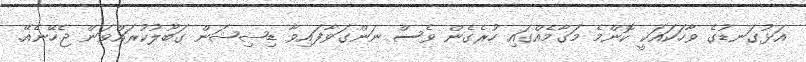
އަޅުގަނޑުގެ ވާހަކައަކީ ކޮންމެ މަގާމެއްގައި ހުރެގެން ވެސް ނަންގަވާފައިވާ ޑިޝިޝަން ގަބޫލުކުރައްވަން ޖެހޭނެއޭ.